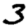
Digit: 3